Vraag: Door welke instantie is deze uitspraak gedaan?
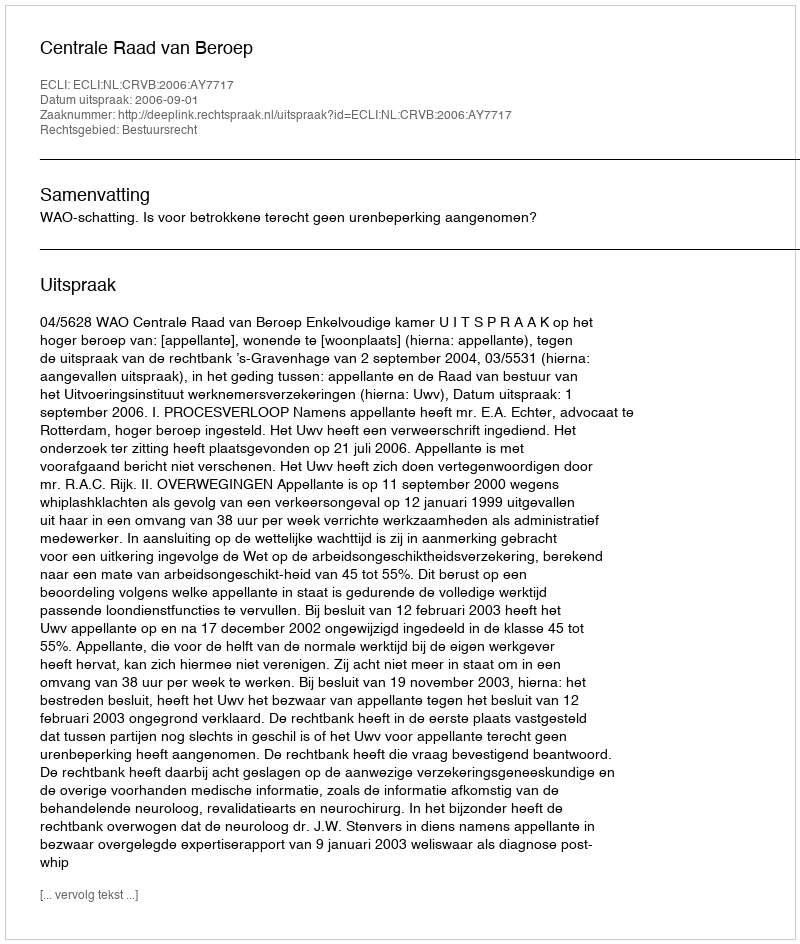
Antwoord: Centrale Raad van Beroep